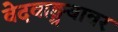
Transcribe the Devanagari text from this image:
वेदवाङ्मयावर